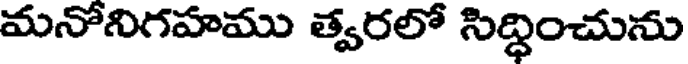
మనోనిగహము త్వరలో సిద్ధించును